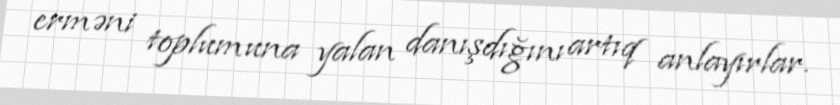
erməni toplumuna yalan danışdığını artıq anlayırlar.